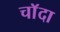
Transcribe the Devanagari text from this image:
चाॅदा